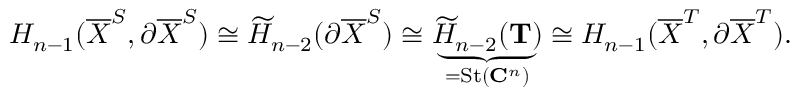
H _ { n - 1 } ( \overline { { X } } ^ { S } , \partial \overline { { X } } ^ { S } ) \cong \widetilde { H } _ { n - 2 } ( \partial \overline { { X } } ^ { S } ) \cong \underbrace { \widetilde { H } _ { n - 2 } ( \mathbf { T } ) } _ { = \mathrm { S t } ( \mathbf { C } ^ { n } ) } \cong H _ { n - 1 } ( \overline { { X } } ^ { T } , \partial \overline { { X } } ^ { T } ) .